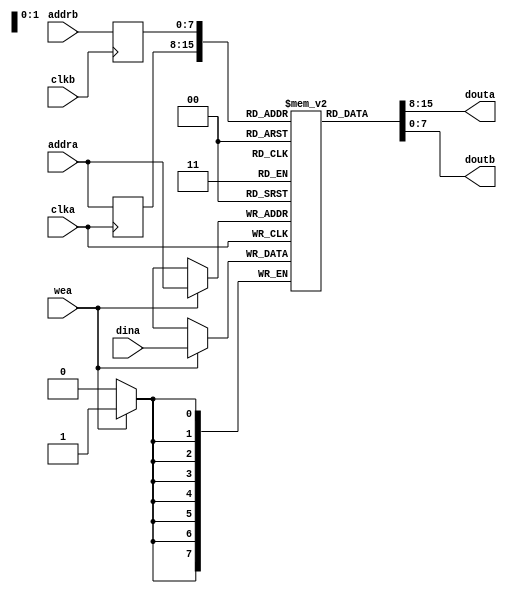
/*
 * Instantiates a RAM.
 * The size of the RAM is WIDTH bits wide by DEPTH^2 words deep.
 */

module ram_1w2r #(parameter WIDTH = 8, parameter DEPTH = 8) (
    /* Dual read/write port A */
    input clka,
    input wea,
    input [DEPTH-1:0] addra,
    input [WIDTH-1:0] dina,
    output wire [WIDTH-1:0] douta,
    
    /* Read-only port B */
    input clkb,
    input [DEPTH-1:0] addrb,
    output wire [WIDTH-1:0] doutb
);

    reg [WIDTH-1:0] RAM [(2**DEPTH)-1:0];
    reg [DEPTH-1:0] read_addra;
    reg [DEPTH-1:0] read_addrb;

    always @(posedge clka) begin
        if (wea == 1'b1)
            RAM[addra] <= dina;
        read_addra <= addra;
    end

    always @(posedge clkb)
        read_addrb <= addrb;

    assign douta = RAM[read_addra];
    assign doutb = RAM[read_addrb];

endmodule